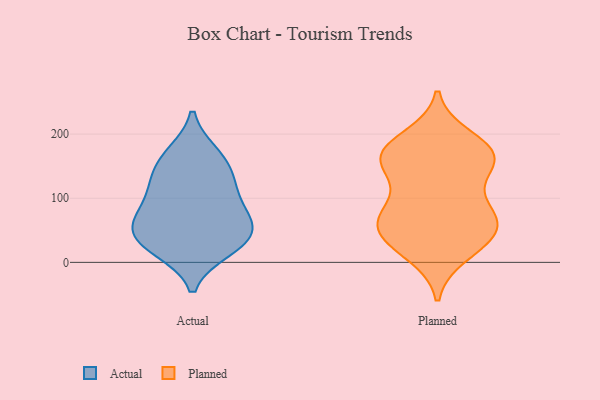
{"axis": {"x": "Temperature (°C)", "y": "Value"}, "legend": ["Actual", "Planned"], "data": [{"x": "", "y": 114, "type": "Actual"}, {"x": "", "y": 161, "type": "Actual"}, {"x": "", "y": 21, "type": "Actual"}, {"x": "", "y": 63, "type": "Actual"}, {"x": "", "y": 31, "type": "Actual"}, {"x": "", "y": 28, "type": "Actual"}, {"x": "", "y": 47, "type": "Actual"}, {"x": "", "y": 137, "type": "Actual"}, {"x": "", "y": 75, "type": "Actual"}, {"x": "", "y": 168, "type": "Actual"}, {"x": "", "y": 109, "type": "Actual"}, {"x": "", "y": 62, "type": "Actual"}, {"x": "", "y": 156, "type": "Planned"}, {"x": "", "y": 153, "type": "Planned"}, {"x": "", "y": 51, "type": "Planned"}, {"x": "", "y": 43, "type": "Planned"}, {"x": "", "y": 152, "type": "Planned"}, {"x": "", "y": 168, "type": "Planned"}, {"x": "", "y": 181, "type": "Planned"}, {"x": "", "y": 84, "type": "Planned"}, {"x": "", "y": 67, "type": "Planned"}, {"x": "", "y": 13, "type": "Planned"}, {"x": "", "y": 170, "type": "Planned"}, {"x": "", "y": 194, "type": "Planned"}, {"x": "", "y": 161, "type": "Planned"}, {"x": "", "y": 77, "type": "Planned"}, {"x": "", "y": 22, "type": "Planned"}, {"x": "", "y": 44, "type": "Planned"}, {"x": "", "y": 95, "type": "Planned"}, {"x": "", "y": 58, "type": "Planned"}]}